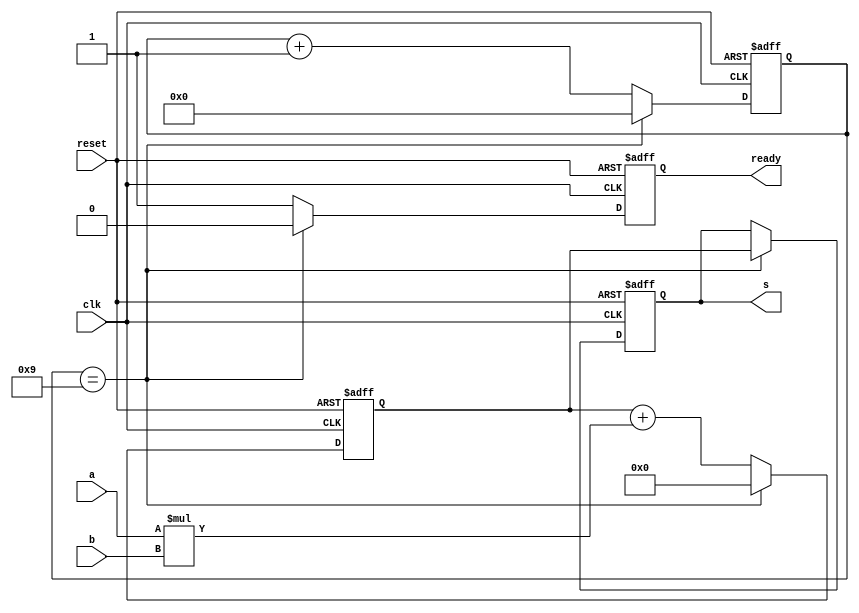
module dotProd
#(parameter S = 9)
(
    output reg [15:0] s,
    output reg ready,
    input clk,
    input reset,
    input [7:0] a, 
    input [7:0] b
    );

// input reg [7:0] a;
// input reg [7:0] b;
// input clk;
// output reg [15:0] s;
// use parameter to set size of vectors
// ready signal - to tell output is ready 
reg [$clog2(S)-1:0] counter;
reg [15:0] tempSum;

// initial begin // replace with async reset
//     s = 0;
//     tempSum = 0;
//     counter = 0;
// end

always @(posedge clk or negedge reset) begin
    if (!reset) begin //async reset
    s <= 0;
    tempSum <= 0;
    counter <= 0;
    ready <= 1;
    end
    else if (counter == 4'b1001) begin
        ready <= 0;
        counter <= 0;
        s <= tempSum;
        // #5
        tempSum <= 0;
    end
    else begin
        ready <= 1;
        counter <= counter + 1;
        tempSum <= tempSum + (a * b);
    end
end

endmodule